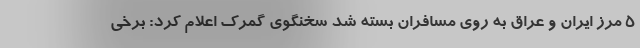
۵ مرز ایران و عراق به روی مسافران بسته شد سخنگوی گمرک اعلام کرد: برخی